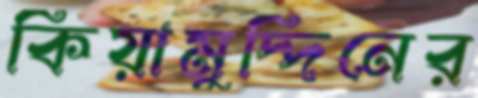
কিয়ামুদ্দিনের